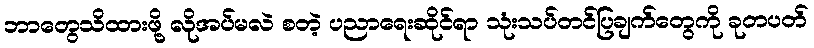
ဘာတွေသိထားဖို့ လိုအပ်မလဲ စတဲ့ ပညာရေးဆိုင်ရာ သုံးသပ်တင်ပြချက်တွေကို ခုတပတ်